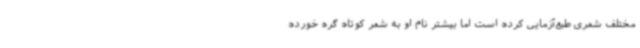
مختلف شعری طبع‌آزمایی کرده است اما بیشتر نام او به شعر کوتاه گره خورده